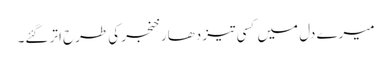
میرے دل میں کسی تیز دھار خنجر کی طرح اتر گئے۔